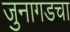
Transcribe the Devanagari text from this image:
जुनागडचा